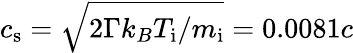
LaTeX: c_{\mathrm{s}}=\sqrt{2\Gamma k_{B}T_{\mathrm{i}}/m_{\mathrm{i}}}=0.0081c